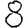
Digit: 8